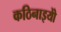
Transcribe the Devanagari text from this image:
कठिनाइयोें